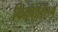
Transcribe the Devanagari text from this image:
किक्बोक्सिंग